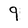
Character: 9